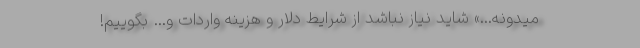
میدونه...» شاید نیاز نباشد از شرایط دلار و هزینه واردات و… بگوییم!